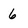
Character: 6